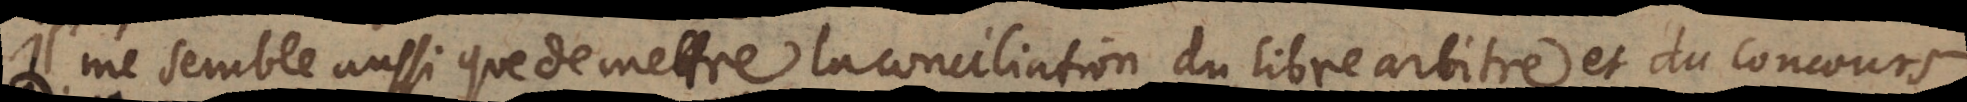
il me semble aussi que de mettre la conciliation du libre arbitre et du concours